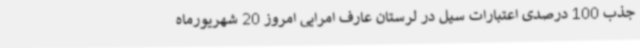
جذب 100 درصدی اعتبارات سیل در لرستان عارف امرایی امروز 20 شهریورماه